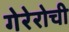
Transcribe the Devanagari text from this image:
गेरेरोची